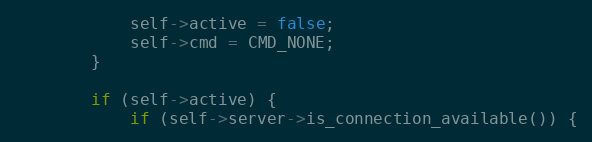
Language: C++
			self->active = false;
			self->cmd = CMD_NONE;
		}

		if (self->active) {
			if (self->server->is_connection_available()) {